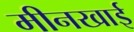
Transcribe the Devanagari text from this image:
मीनखाई